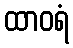
ထာဝရံ